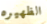
الظهيره